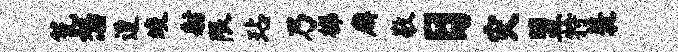
瓮怒遭竣射限玷乃梯廨敬日灾盟特蓑